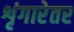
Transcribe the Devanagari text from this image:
शृंगारेतर